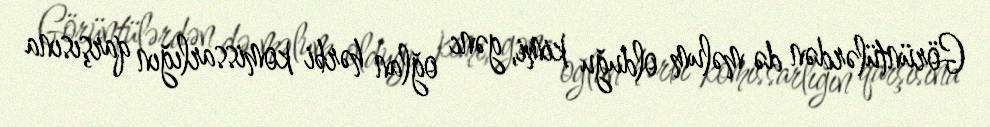
Görüntülərdən də məlum olduğu kimi, gənc oğlan hərbi komissarlığın qarşısına